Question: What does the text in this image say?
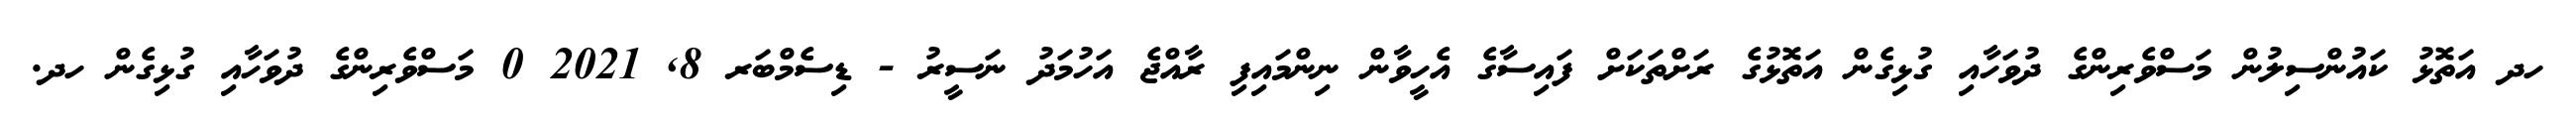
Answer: ހދ އަތޮޅު ކައުންސިލުން މަސްވެރިންގެ ދުވަހާއި ގުޅިގެން އަތޮޅުގެ ރަށްތަކަށް ފައިސާގެ އެހީވާން ނިންމައިފި ރާއްޖެ އަހުމަދު ނަސީރު - ޑިސެމްބަރ 8, 2021 0 މަސްވެރިންގެ ދުވަހާއި ގުޅިގެން ހދ.